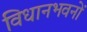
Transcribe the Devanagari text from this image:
विधानभवनों